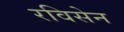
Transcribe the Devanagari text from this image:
रविसेन